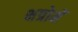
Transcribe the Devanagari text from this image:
क्षत्रोमें